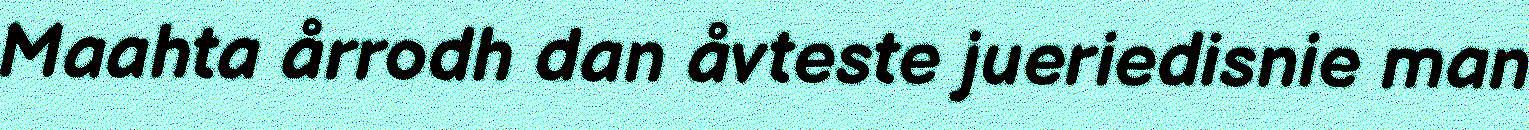
Maahta årrodh dan åvteste jueriedisnie man